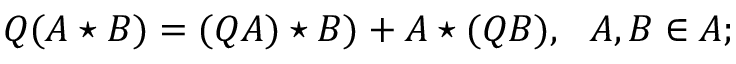
Q ( A \star B ) = ( Q A ) \star B ) + A \star ( Q B ) , ~ ~ A , B \in { \cal A } ;